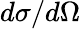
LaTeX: d\sigma/d\Omega